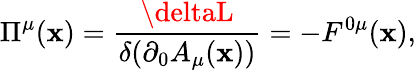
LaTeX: \Pi^{\mu}(\mathbf{x})=\frac{{\deltaL}}{{\delta(\partial_{0}A_{\mu}(\mathbf{x}))}}=-F^{0\mu}(\mathbf{x}),